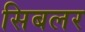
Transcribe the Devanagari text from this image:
सिबलर